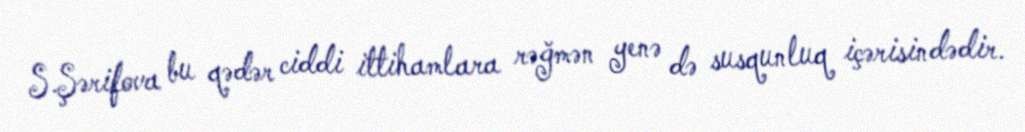
S.Şərifova bu qədər ciddi ittihamlara rəğmən yenə də susqunluq içərisindədir.